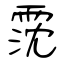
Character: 霃